65_HS1-834228961_62-HQ-83894_Section_3
Agency: FBI
Page 176
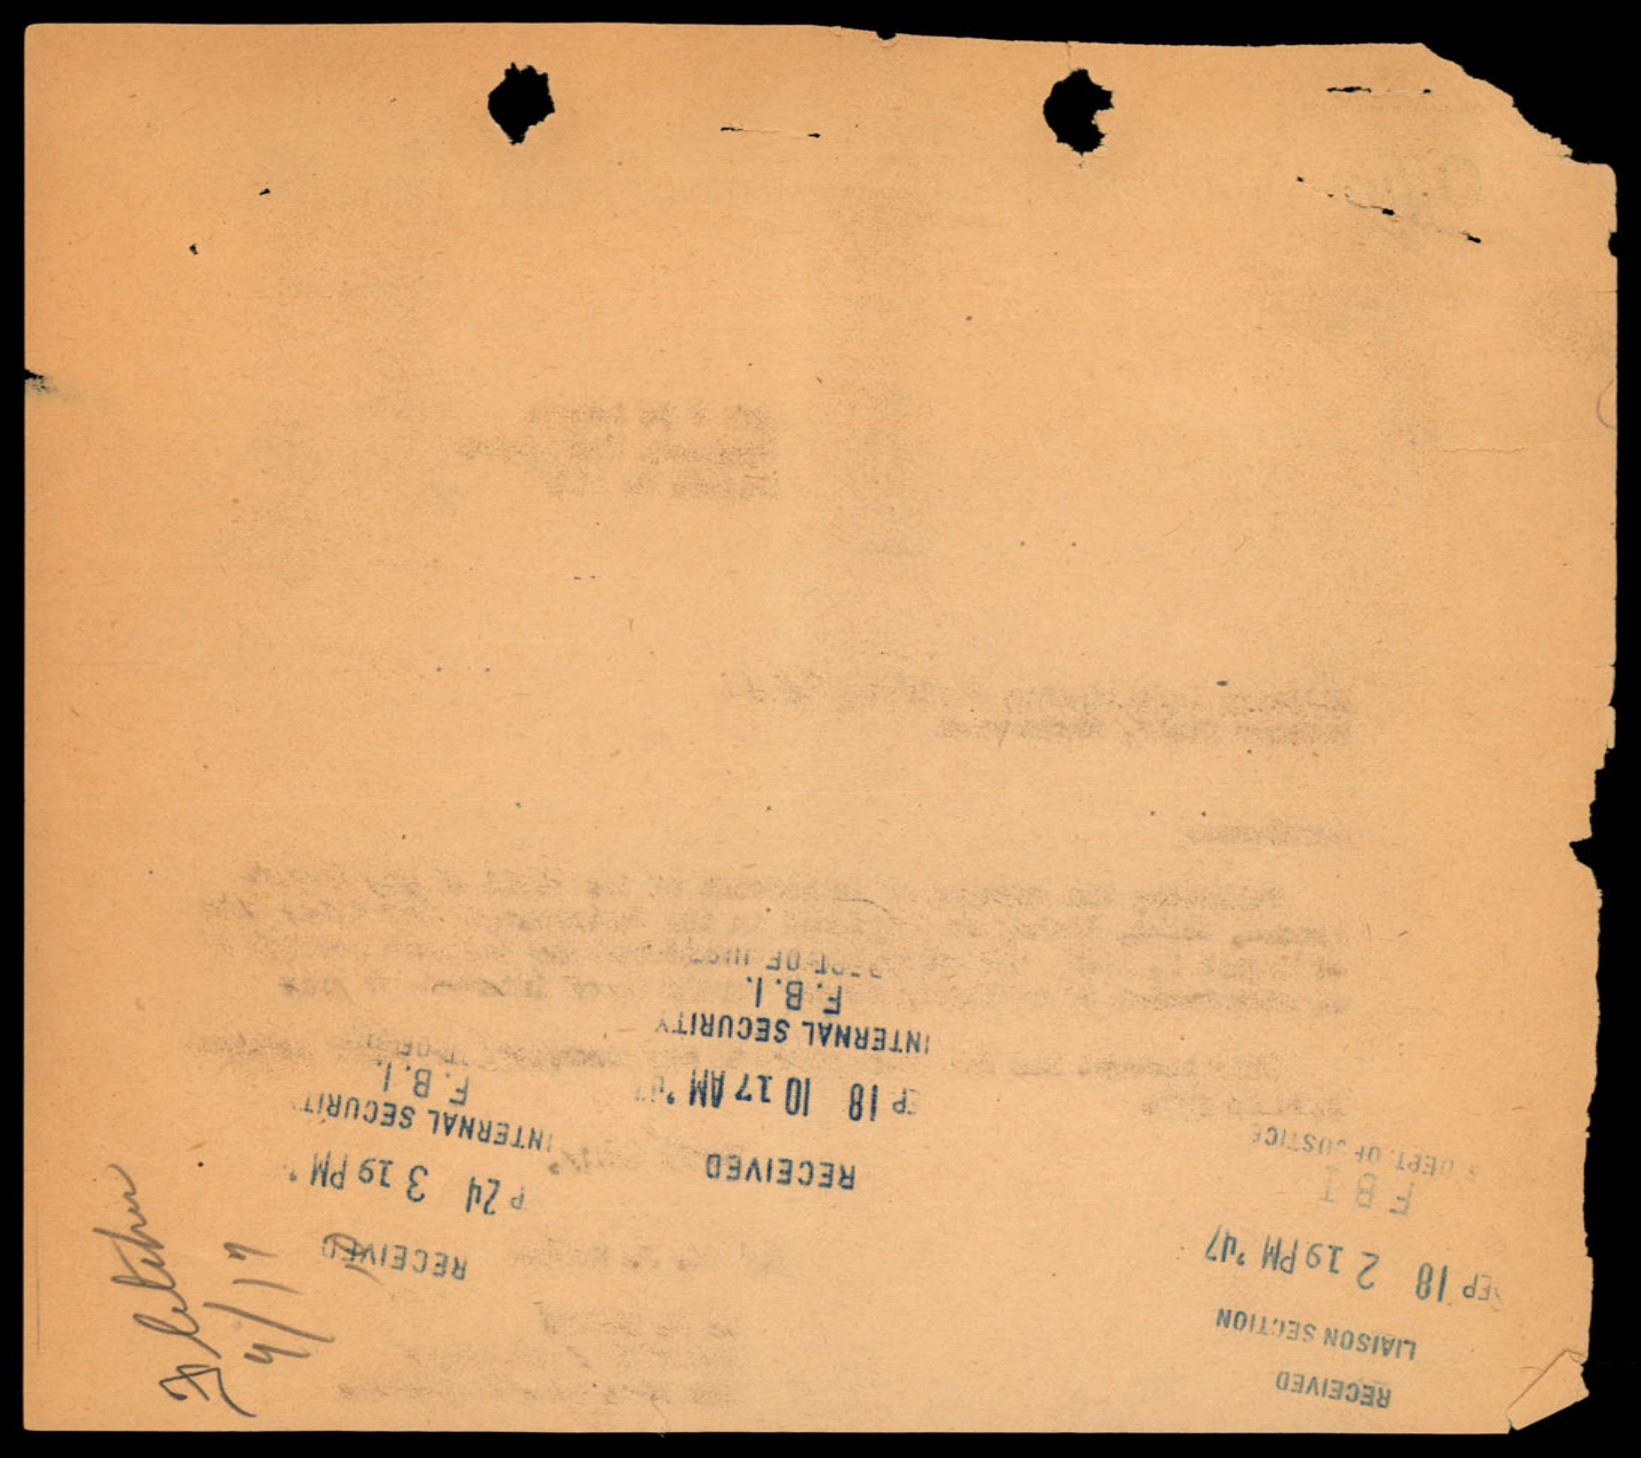